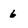
Character: 6